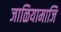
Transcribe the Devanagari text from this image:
जाळियामाजि